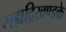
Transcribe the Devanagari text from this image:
सह्यद्रिखण्डके